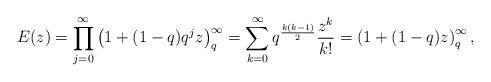
LaTeX: \begin{align*}E(z)= \prod_{j=0}^\infty \left(1+(1-q)q^jz\right)_q^\infty=\sum_{k=0}^\infty q^{\frac{k(k-1)}{2}}\frac{z^k}{k!}= \left(1+(1-q)z\right)_q^\infty,\end{align*}